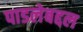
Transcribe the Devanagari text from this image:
पाडलेबद्दल